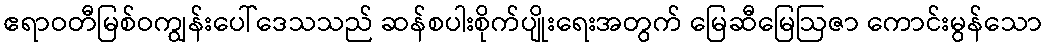
ဧရာဝတီမြစ်ဝကျွန်းပေါ်ဒေသသည် ဆန်စပါးစိုက်ပျိုးရေးအတွက် မြေဆီမြေဩဇာ ကောင်းမွန်သော